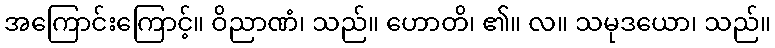
အကြောင်းကြောင့်။ ဝိညာဏံ၊ သည်။ ဟောတိ၊ ၏။ လ။ သမုဒယော၊ သည်။